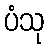
ပံသု